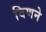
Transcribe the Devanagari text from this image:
विणने